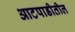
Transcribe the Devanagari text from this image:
आटपाडीतील